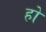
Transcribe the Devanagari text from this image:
हो